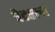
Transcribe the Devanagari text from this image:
वेटरला